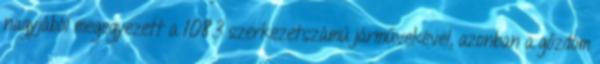
nagyjából megegyezett a 1083 szerkezetszámú járművekével, azonban a gőzdóm